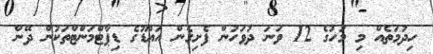
ހިދުމަތެއް މި މަހުގެ 12 ވަނަ ދުވަހުން ފެށިގެން އައްޑޫގެ ޑިޕާޓްމަންޓްތަކުން ދޭން